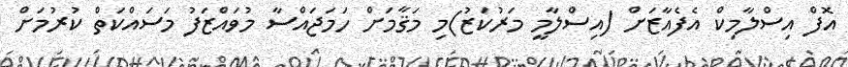
އޮފް އިސްލާމިކް އެފެއާޒަށް (އިސްލާމީ މަރުކަޒު)މި މަޤާމަށް ހަމަޖައްސާ މުވައްޒަފު މަސައްކަތް ކުރުމަށް